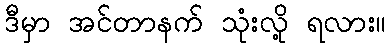
ဒီမှာ အင်တာနက် သုံးလို့ ရလား။